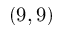
( 9 , 9 )